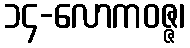
၁၄-လောကဝဇ္ဇ၊